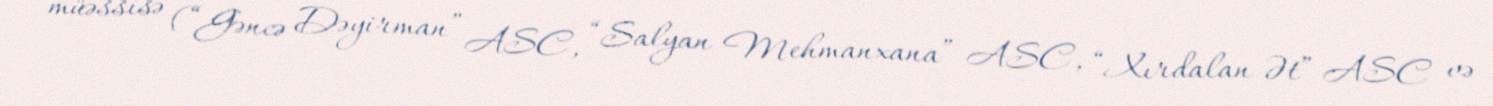
müəssisə (“Gəncə Dəyirman” ASC, “Salyan Mehmanxana” ASC, “Xırdalan Ət” ASC və